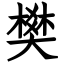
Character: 樊